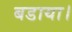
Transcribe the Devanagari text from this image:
बडाया।